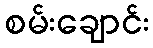
စမ်းချောင်း